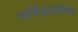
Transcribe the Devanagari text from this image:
कार्डिओटोक्सिन